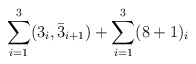
\begin{align*}\sum_{i=1}^3 (3_i, \bar{3}_{i+1}) + \sum_{i=1}^3(8+1)_i\end{align*}